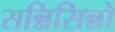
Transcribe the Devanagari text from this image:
सन्निसिन्नो